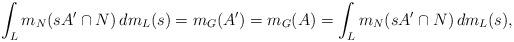
LaTeX: \begin{align*}\int_L m_N(sA' \cap N) \, dm_L(s) = m_G(A') = m_G(A) = \int_L m_N(sA' \cap N) \, dm_L(s),\end{align*}